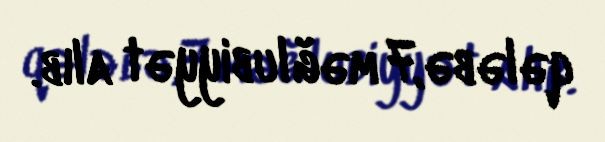
qələbə,7 məğlubiyyət alıb.